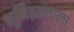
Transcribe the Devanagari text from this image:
भूमितलवाला